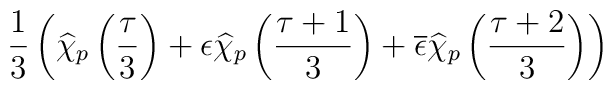
\frac{1}{3}\left( \widehat{\chi }_{p}\left( \frac{\tau }{3}\right) +\epsilon \widehat{\chi }_{p}\left( \frac{\tau +1}{3}\right) +\overline{\epsilon }\widehat{\chi }_{p}\left( \frac{\tau +2}{3}\right) \right)